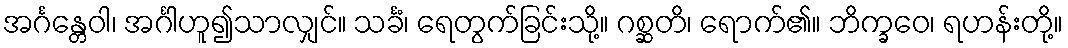
အင်္ဂန္တေဝါ၊ အင်္ဂါဟူ၍သာလျှင်။ သင်္ခံ၊ ရေတွက်ခြင်းသို့။ ဂစ္ဆတိ၊ ရောက်၏။ ဘိက္ခဝေ၊ ရဟန်းတို့။